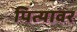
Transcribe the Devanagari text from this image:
पित्यावर